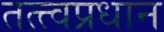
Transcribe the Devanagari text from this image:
तत्त्वप्रधान